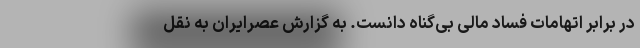
در برابر اتهامات فساد مالی بی‌گناه دانست. به گزارش عصرایران به نقل